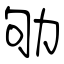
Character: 劬